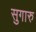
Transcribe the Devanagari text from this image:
सुगारु